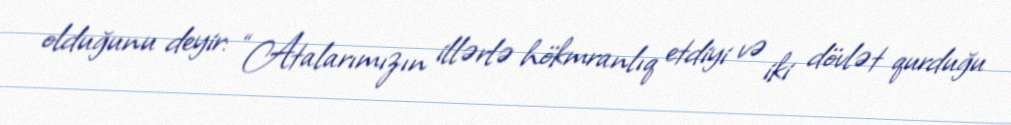
olduğunu deyir: “Atalarımızın illərlə hökmranlıq etdiyi və iki dövlət qurduğu